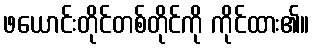
ဖယောင်းတိုင်တစ်တိုင်ကို ကိုင်ထား၏။